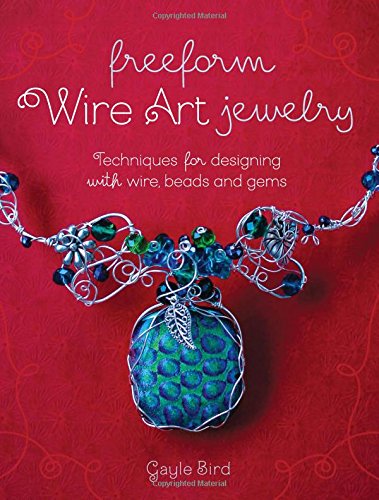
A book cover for Freeform Wire Art Jewelry: Techniques for Designing With Wire, Beads and Gems; Gayle Bird; Crafts, Hobbies & Home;